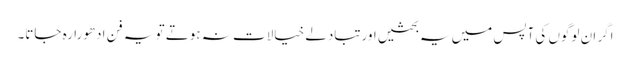
اگر ان لوگوں کی آپس میں یہ بحثیں اورتبادلے خیالات نہ ہوتے تو یہ فن ادھورا رہ جاتا۔